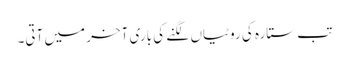
تب ستارہ کی روٹیاں لگنے کی باری آخر میں آتی۔